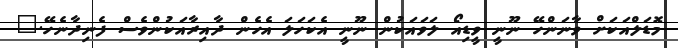
މޮޑަލްއަކަށް ވާނަންހޭ ނޫނީ ވީޑިއޯ ލަވައަކުން ނޫނީ އެކަހަލަ އެހެން ދާއިރާއަކުންވެސް ފެނިދާނެހޭ."